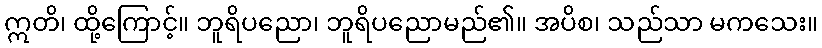
ဣတိ၊ ထို့ကြောင့်။ ဘူရိပညော၊ ဘူရိပညောမည်၏။ အပိစ၊ သည်သာ မကသေး။